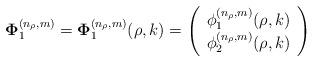
LaTeX: \begin{align*}{\bf\Phi}^{(n_\rho,m)}_1={\bf\Phi}^{(n_\rho,m)}_1(\rho,k)=\left(\begin{array}{c}\phi_1^{(n_\rho,m)}(\rho,k) \\\phi_2^{(n_\rho,m)}(\rho,k)\end{array}\right)\end{align*}